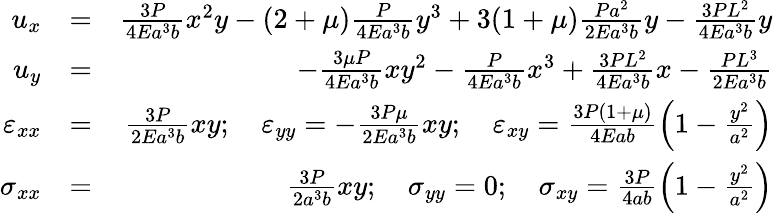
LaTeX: \begin{array}{rlr}{u_{x}}&{=}&{\frac{3P}{4Ea^{3}b}x^{2}y-(2+\mu)\frac{P}{4Ea^{3}b}y^{3}+3(1+\mu)\frac{Pa^{2}}{2Ea^{3}b}y-\frac{3PL^{2}}{4Ea^{3}b}y}\\ {u_{y}}&{=}&{-\frac{3\mu P}{4Ea^{3}b}xy^{2}-\frac{P}{4Ea^{3}b}x^{3}+\frac{3PL^{2}}{4Ea^{3}b}x-\frac{PL^{3}}{2Ea^{3}b}}\\ {\varepsilon_{xx}}&{=}&{\frac{3P}{2Ea^{3}b}xy;\quad\varepsilon_{yy}=-\frac{3P\mu}{2Ea^{3}b}xy;\quad\varepsilon_{xy}=\frac{3P(1+\mu)}{4Eab}\left(1-\frac{y^{2}}{a^{2}}\right)}\\ {\sigma_{xx}}&{=}&{\frac{3P}{2a^{3}b}xy;\quad\sigma_{yy}=0;\quad\sigma_{xy}=\frac{3P}{4ab}\left(1-\frac{y^{2}}{a^{2}}\right)}\end{array}